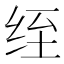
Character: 绖